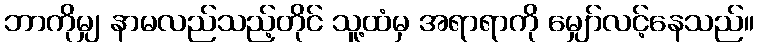
ဘာကိုမျှ နာမလည်သည့်တိုင် သူ့ထံမှ အရာရာကို မျှော်လင့်နေသည်။